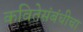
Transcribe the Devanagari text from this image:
कवितेसंबंधीचा